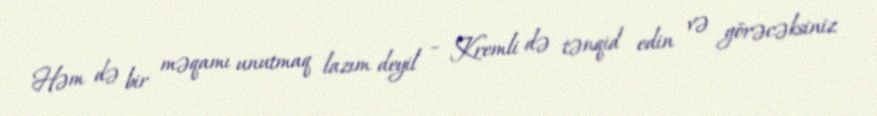
Həm də bir məqamı unutmaq lazım deyil – Kremli də tənqid edin və görəcəksiniz